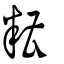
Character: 糟